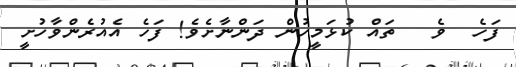
ފަހެ  ވެ   ތައް ކުޅަމީހުން ދަންނާށެވެ! ފަހެ އެއުރެންވާހުށީ